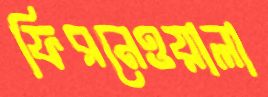
ফিরনেওয়ালা